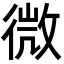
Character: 微